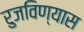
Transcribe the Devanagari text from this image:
रुजविण्यास